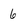
Character: 6